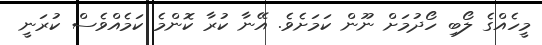
މީހެއްގެ ލޯބި ހޯދުމަށް ނޫން ކަމަށެވެ. އޭނާ ކުރާ ކޮންމެ ކަމެއްވެސް ކުރަނީ